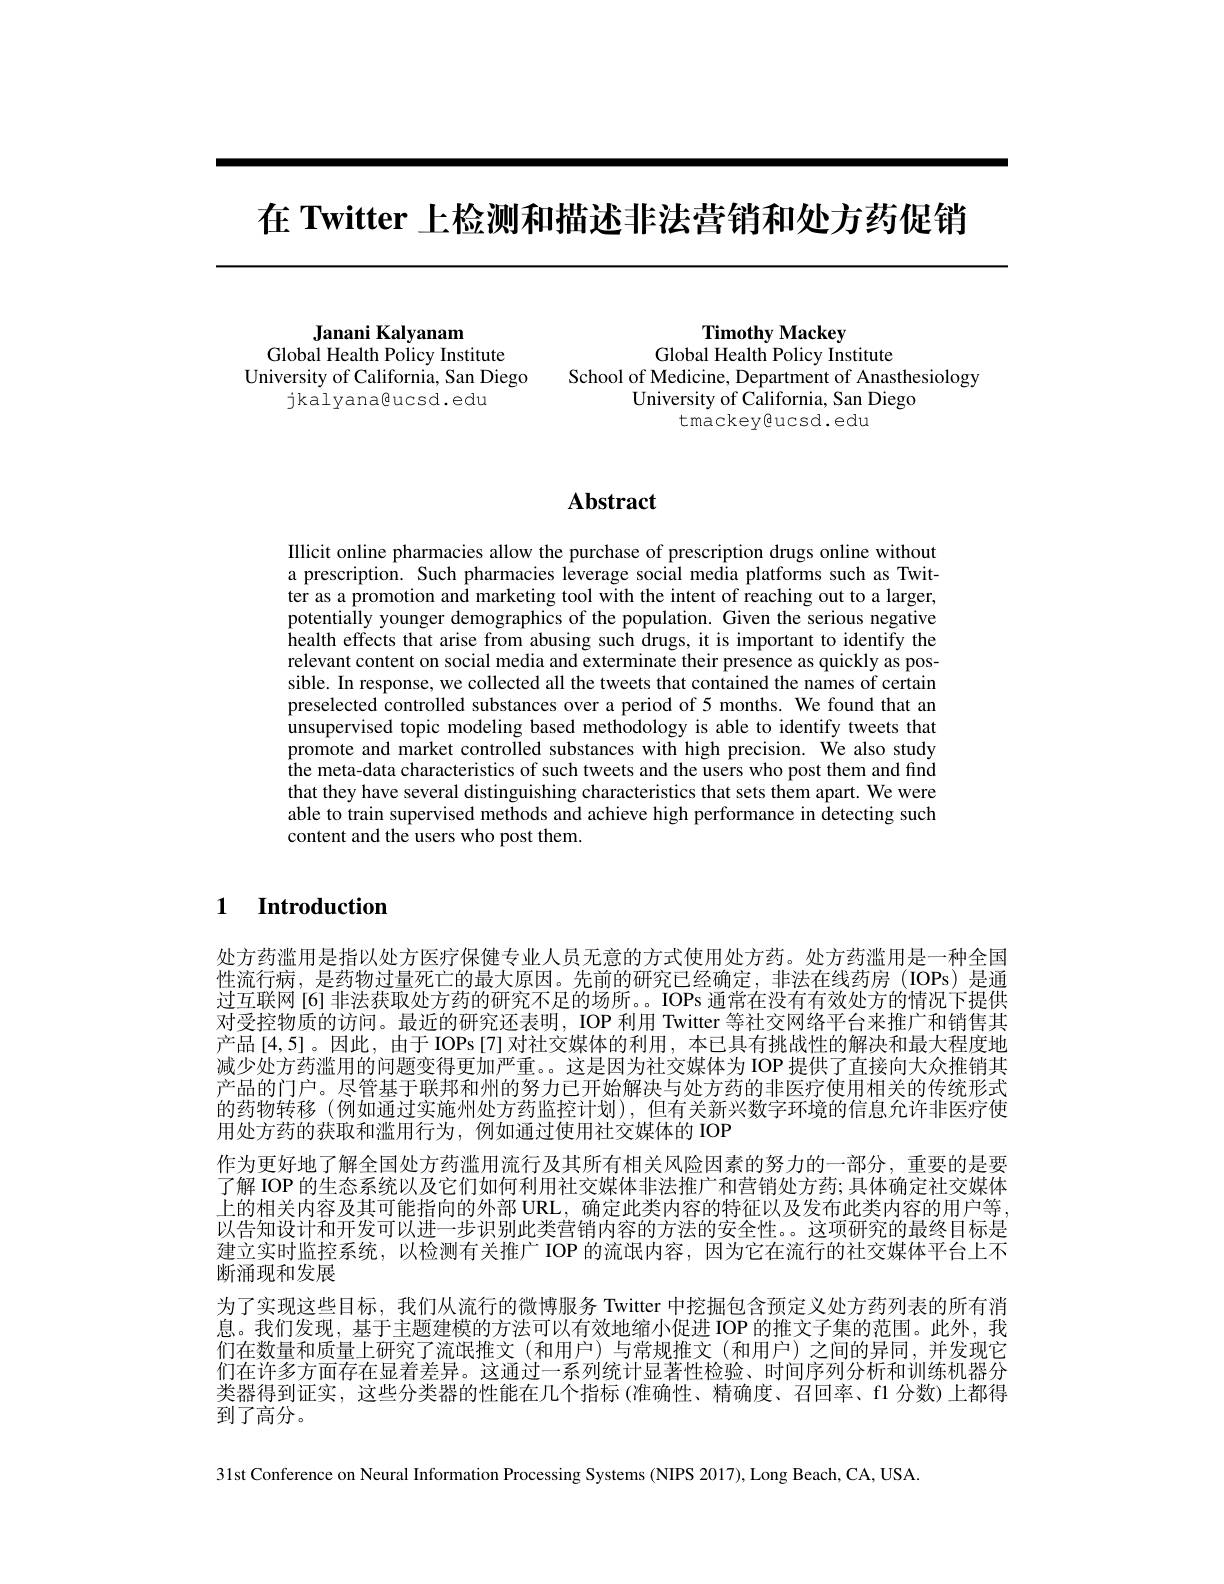
在 Twitter 上检测和描述非法营销和处方药促销

Janani Kalyanam
Global Health Policy Institute
University of California, San Diego
jkalyana@ucsd.edu

Timothy Mackey
Global Health Policy Institute
School of Medicine, Department of Anasthesiology
University of California, San Diego
tmackeye$ucsd. edu$

# Abstract

IIlicit online pharmacies allow the purchase of prescription drugs online without a prescription. Such pharmacies leverage social media platforms such as Twitter as a promotion and marketing tool with the intent of reaching out to a larger, potentially younger demographics of the population. Given the serious negative health effects that arise from abusing such drugs, it is important to identify the relevant content on social media and exterminate their presence as quickly as possible. In response, we collected all the tweets that contained the names of certain preselected controlled substances over a period of 5 months. We found that an unsupervised topic modeling based methodology is able to identify tweets that promote and market controlled substances with high precision. We also study the meta-data characteristics of such tweets and the users who post them and find that they have several distinguishing characteristics that sets them apart. We were able to train supervised methods and achieve high performance in detecting such content and the users who post them.

$\textbf{1}$ $\textbf{Introduction}$

处方药滥用是指以处方医疗保健专业人员无意的方式使用处方药。处方药滥用是一种全国性流行病，是药物过量死亡的最大原因。先前的研究已经确定，非法在线药房(IOPs)是通过互联网[6] 非法获取处方药的研究不足的场所。。IOPs 通常在没有有效处方的情况下提供对受控物质的访问。最近的研究还表明，IOP 利用 Twitter 等社交网络平台来推广和销售其产品[4,5]。因此，由于IOPs[7]对社交媒体的利用，本已具有挑战性的解决和最大程度地减少处方药滥用的问题变得更加严重。。这是因为社交媒体为 IOP 提供了直接向大众推销其产品的门户。尽管基于联邦和州的努力已开始解决与处方药的非医疗使用相关的传统形式的药物转移 (例如通过实施州处方药监控计划),但有关新兴数字环境的信息允许非医疗使用处方药的获取和滥用行为，例如通过使用社交媒体的 IOP
作为更好地了解全国处方药滥用流行及其所有相关风险因素的努力的一部分，重要的是要了解 IOP 的生态系统以及它们如何利用社交媒体非法推广和营销处方药；具体确定社交媒体上的相关内容及其可能指向的外部 URL, 确定此类内容的特征以及发布此类内容的用户等， 以告知设计和开发可以进一步识别此类营销内容的方法的安全性。。这项研究的最终目标是建立实时监控系统，以检测有关推广IOP 的流氓内容，因为它在流行的社交媒体平台上不断涌现和发展
为了实现这些目标，我们从流行的微博服务 Twitter 中挖掘包含预定义处方药列表的所有消息。我们发现，基于主题建模的方法可以有效地缩小促进 IOP 的推文子集的范围。此外，我们在数量和质量上研究了流氓推文 (和用户) 与常规推文 (和用户) 之间的异同，并发现它们在许多方面存在显着差异。这通过一系列统计显著性检验、时间序列分析和训练机器分类器得到证实，这些分类器的性能在几个指标(准确性、精确度、召回率、f1 分数)上都得到了高分。

31st Conference on Neural Information Processing Systems (NIPS 2017), Long Beach, CA, USA